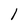
Character: 1